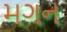
મગન